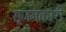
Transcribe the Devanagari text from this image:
सृजनकारी